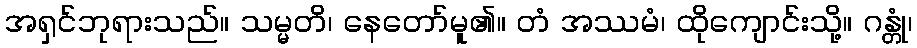
အရှင်ဘုရားသည်။ သမ္မတိ၊ နေတော်မူ၏။ တံ အဿမံ၊ ထိုကျောင်းသို့။ ဂန္တုံ၊